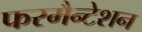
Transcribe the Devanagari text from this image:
फरमैन्टेशन